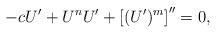
LaTeX: \begin{align*}-cU' + U^{n}U' + \left[(U')^{m}\right]'' = 0,\end{align*}